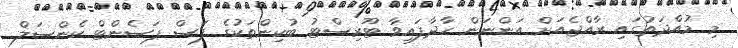
މި މުއްދަތުގައި ރާއްޖެއަށް އަންނަން ހާދާފައިވާ ޓޫރިސްޓު ބުކިންތަކުގެ ފަސް ޕަސެންޓް ކެންސަލް